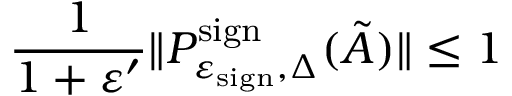
\frac { 1 } { 1 + \varepsilon ^ { \prime } } \| P _ { \varepsilon _ { \mathrm { s i g n } } , \Delta } ^ { \mathrm { s i g n } } ( \tilde { A } ) \| \leq 1